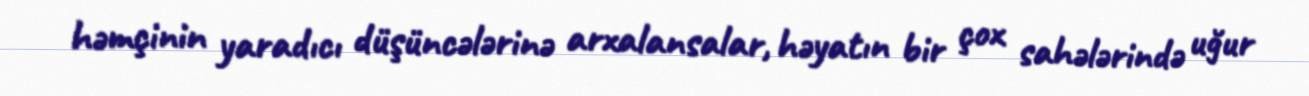
həmçinin yaradıcı düşüncələrinə arxalansalar, həyatın bir çox sahələrində uğur